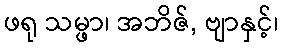
ဖရု သမ္ဖာ၊ အဘိဇ်, ဗျာနှင့်၊